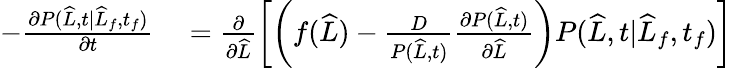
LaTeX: \begin{array}{rl}{-\frac{\partial P(\widehat{L},t|\widehat{L}_{f},t_{f})}{\partial t}}&{{}=\frac{\partial}{\partial\widehat{L}}\left[\left(f(\widehat{L})-\frac{D}{P(\widehat{L},t)}\frac{\partial P(\widehat{L},t)}{\partial\widehat{L}}\right)P(\widehat{L},t|\widehat{L}_{f},t_{f})\right]}\end{array}